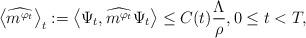
LaTeX: \begin{align*} \left\langle \widehat{m^{\varphi_{t}}}\right\rangle_{t} := \left\langle \Psi_{t},\widehat{m^{\varphi_{t}}}\Psi_{t}\right\rangle \leq C(t)\frac{\Lambda}{\rho}, 0\leq t<T , \end{align*}